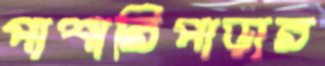
পাশারিপাড়ার